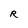
Character: R